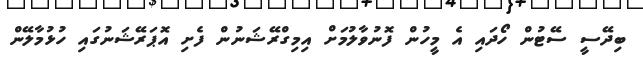
ބިދޭސީ ސޭޓުން ހޯދައި އެ މީހުން ފޮނުވާލުމަށް އިމިގްރޭޝަނުން ފެށި އޮޕަރޭޝަނުގައި ހުޅުމާލޭން